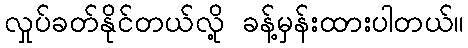
လှုပ်ခတ်နိုင်တယ်လို့ ခန့်မှန်းထားပါတယ်။